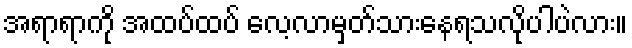
အရာရာကို အထပ်ထပ် လေ့လာမှတ်သားနေရသလိုပါပဲလား။